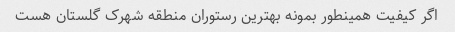
اگر کیفیت همینطور بمونه بهترین رستوران منطقه شهرک گلستان هست